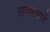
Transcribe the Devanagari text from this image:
सावरणारे